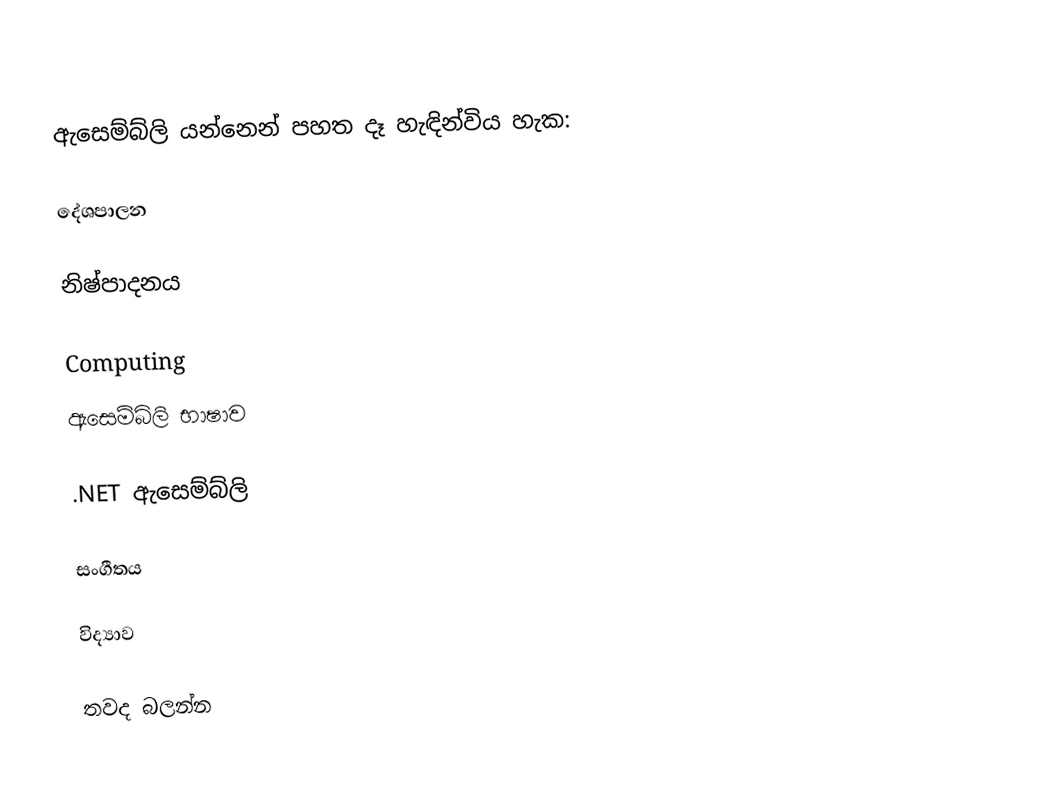
ඇසෙම්බ්ලි යන්නෙන් පහත දෑ හැඳින්විය හැක:

දේශපාලන

නිෂ්පාදනය

Computing
ඇසෙම්බ්ලි භාෂාව

.NET ඇසෙම්බ්ලි

සංගීතය

විද්‍යාව

තවද බලන්න